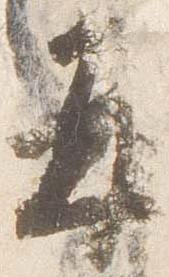
并